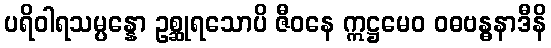
ပရိဝါရသမ္ပန္နော ဥစ္ဆုရသောပိ ဇီဝနေ ဣဋ္ဌမေဝ ဝဓဗန္ဓနာဒီနိ